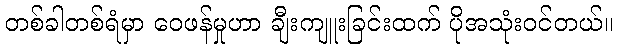
တစ်ခါတစ်ရံမှာ ဝေဖန်မှုဟာ ချီးကျူးခြင်းထက် ပိုအသုံးဝင်တယ်။